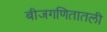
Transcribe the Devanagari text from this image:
बीजगणितातली